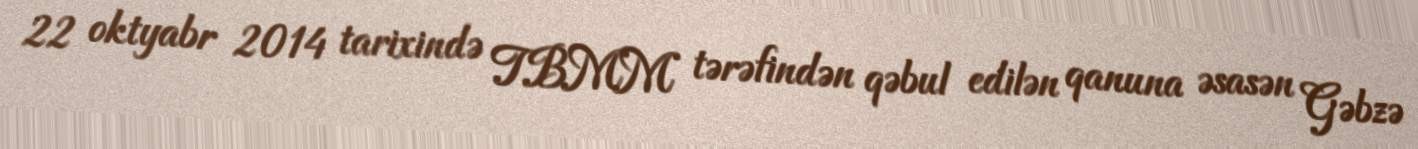
22 oktyabr 2014 tarixində TBMM tərəfindən qəbul edilən qanuna əsasən Gəbzə